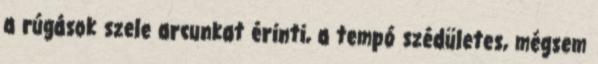
a rúgások szele arcunkat érinti, a tempó szédületes, mégsem